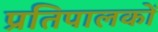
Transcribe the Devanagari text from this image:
प्रतिपालकों